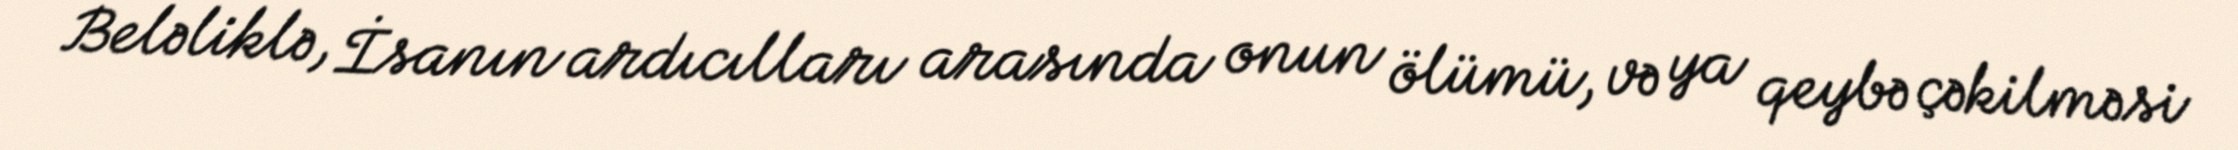
Beləliklə, İsanın ardıcılları arasında onun ölümü, və ya qeybə çəkilməsi